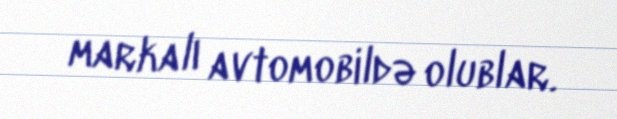
markalı avtomobildə olublar.